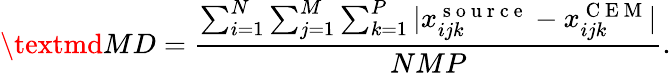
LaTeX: \textmd{MD}=\frac{\sum_{i=1}^{N}\sum_{j=1}^{M}\sum_{k=1}^{P}|x_{ijk}^{\mathrm{~s~o~u~r~c~e~}}-x_{ijk}^{\mathrm{~C~E~M~}}|}{NMP}.